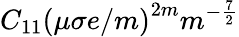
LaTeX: C_{11}\left(\mu\sigma e/m\right)^{2m}m^{-\frac{7}{2}}